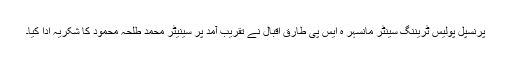
پرنسپل پولیس ٹریننگ سینٹر مانسہر ہ ایس پی طارق اقبال نے تقریب آمد پر سینیٹر محمد طلحہ محمود کا شکریہ ادا کیا۔